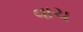
વાચ